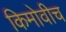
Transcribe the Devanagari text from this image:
किमोवीच